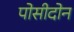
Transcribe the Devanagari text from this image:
पोसीदोन